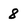
Character: 8